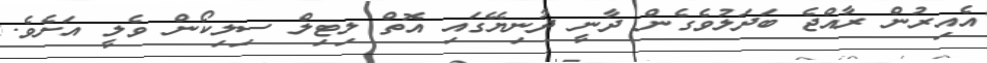
އެއިރުން ރާއްޖެ ބަދަލުވެގެން ދާނީ ދުނިިޔޭގައި އޮތް ލިޓިލް ސިލިކޯން ވެލީ އަށެވެ.